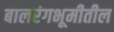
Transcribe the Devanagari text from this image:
बालरंगभूमीतील